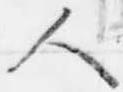
人